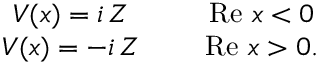
\begin{array} { c c } { { V ( x ) = i \, Z } } & { { \ \ \ \ \mathrm { R e } \ x < 0 } } \\ { { V ( x ) = - i \, Z } } & { { \ \ \ \ \mathrm { R e } \ x > 0 . } } \end{array}